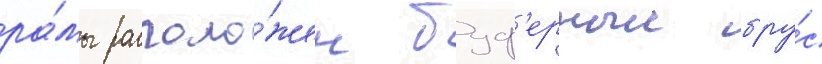
ра́мы располо́жен буф'ерныи бру́с